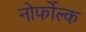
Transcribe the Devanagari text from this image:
नोर्फोल्क